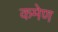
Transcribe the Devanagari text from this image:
कमेण